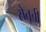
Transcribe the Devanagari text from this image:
सेतूची